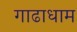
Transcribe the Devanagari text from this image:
गाढाधाम